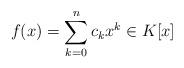
LaTeX: \begin{align*}f(x) = \sum_{k=0}^n c_k x^k \in K[x]\end{align*}